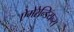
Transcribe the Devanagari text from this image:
ऐमेरेन्डियन्स